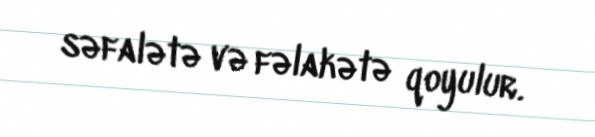
səfalətə və fəlakətə qoyulur.